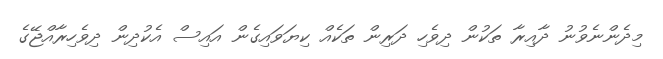
މިދެންނެވުނު ދާއިރާ ތަކުން ދިވެހި ދަރިން ތަކެއް ކިޔަވައިގެން އައިސް އެކުދިން ދިވެހިރާއްޖޭގެ